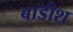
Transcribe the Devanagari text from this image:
बाडीश